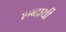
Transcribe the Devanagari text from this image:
शब्दार्थी